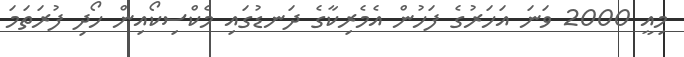
މިއީ 2000 ވަނަ އަހަރުގެ ފަހުން އެމެރިކާގެ ދަނޑުގައި މެކްސިކޯއިން ހޯދި ފުރަތަމަ